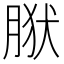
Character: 𰮩